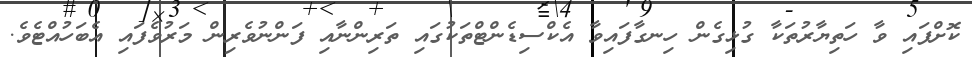
ކޮށްފައި ވާ ހަތިޔާރުތަކާ ގުޅިގެން ހިނގާފައިވާ އެކްސިޑެންޓްތަކުގައި ތަރިންނާއި ފަންނުވެރިން މަރުވެފައި އެބަހުއްޓެވެ.